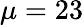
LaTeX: \mu=23